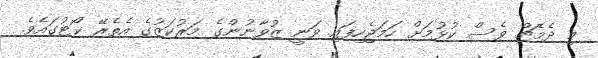
މި ދެމެޗް ވެސް ކުޅުމަށް ހަމަޖެހިފައި ވަނީ ޒުވާނުންގެ މަރުކަޒުގެ އެތެރޭ ކޯޓުގައެވެ.